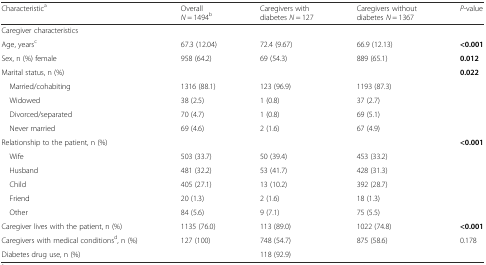
<table><thead><tr><td><b>Characteristic<sup>a</sup></b></td><td><b>Overall <i>N</i> = 1494<sup>b</sup></b></td><td><b>Caregivers with diabetes <i>N</i> = 127</b></td><td><b>Caregivers without diabetes <i>N</i> = 1367</b></td><td><b><i>P</i>-value</b></td></tr></thead><tbody><tr><td colspan="5">Caregiver characteristics</td></tr><tr><td>Age, years<sup>c</sup></td><td>67.3 (12.04)</td><td>72.4 (9.67)</td><td>66.9 (12.13)</td><td><b>&lt;0.001</b></td></tr><tr><td>Sex, n (%) female</td><td>958 (64.2)</td><td>69 (54.3)</td><td>889 (65.1)</td><td><b>0.012</b></td></tr><tr><td>Marital status, n (%)</td><td></td><td></td><td></td><td><b>0.022</b></td></tr><tr><td> Married/cohabiting</td><td>1316 (88.1)</td><td>123 (96.9)</td><td>1193 (87.3)</td><td></td></tr><tr><td> Widowed</td><td>38 (2.5)</td><td>1 (0.8)</td><td>37 (2.7)</td><td></td></tr><tr><td> Divorced/separated</td><td>70 (4.7)</td><td>1 (0.8)</td><td>69 (5.1)</td><td></td></tr><tr><td> Never married</td><td>69 (4.6)</td><td>2 (1.6)</td><td>67 (4.9)</td><td></td></tr><tr><td>Relationship to the patient, n (%)</td><td></td><td></td><td></td><td><b>&lt;0.001</b></td></tr><tr><td> Wife</td><td>503 (33.7)</td><td>50 (39.4)</td><td>453 (33.2)</td><td></td></tr><tr><td> Husband</td><td>481 (32.2)</td><td>53 (41.7)</td><td>428 (31.3)</td><td></td></tr><tr><td> Child</td><td>405 (27.1)</td><td>13 (10.2)</td><td>392 (28.7)</td><td></td></tr><tr><td> Friend</td><td>20 (1.3)</td><td>2 (1.6)</td><td>18 (1.3)</td><td></td></tr><tr><td> Other</td><td>84 (5.6)</td><td>9 (7.1)</td><td>75 (5.5)</td><td></td></tr><tr><td>Caregiver lives with the patient, n (%)</td><td>1135 (76.0)</td><td>113 (89.0)</td><td>1022 (74.8)</td><td><b>&lt;0.001</b></td></tr><tr><td>Caregivers with medical conditions<sup>d</sup>, n (%)</td><td>127 (100)</td><td>748 (54.7)</td><td>875 (58.6)</td><td>0.178</td></tr><tr><td>Diabetes drug use, n (%)</td><td></td><td>118 (92.9)</td><td></td><td></td></tr></tbody></table>